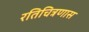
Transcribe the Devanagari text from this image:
रतिचित्रणास